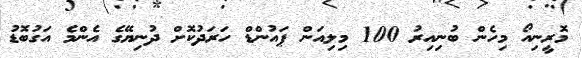
މޮރީނިއޯ މިހެން ބުނިއިރު 100 މިލިއަން ޕައުންޑް ހަރަދުކޮށް ދުނިޔޭގެ އެންމެ އަގުބޮޑު